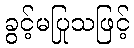
ခွင့်မပြုသဖြင့်